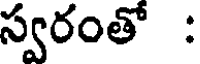
స్వరంతో :